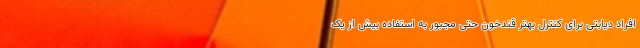
افراد دیابتی برای کنترل بهتر قندخون حتی مجبور به استفاده بیش از یک